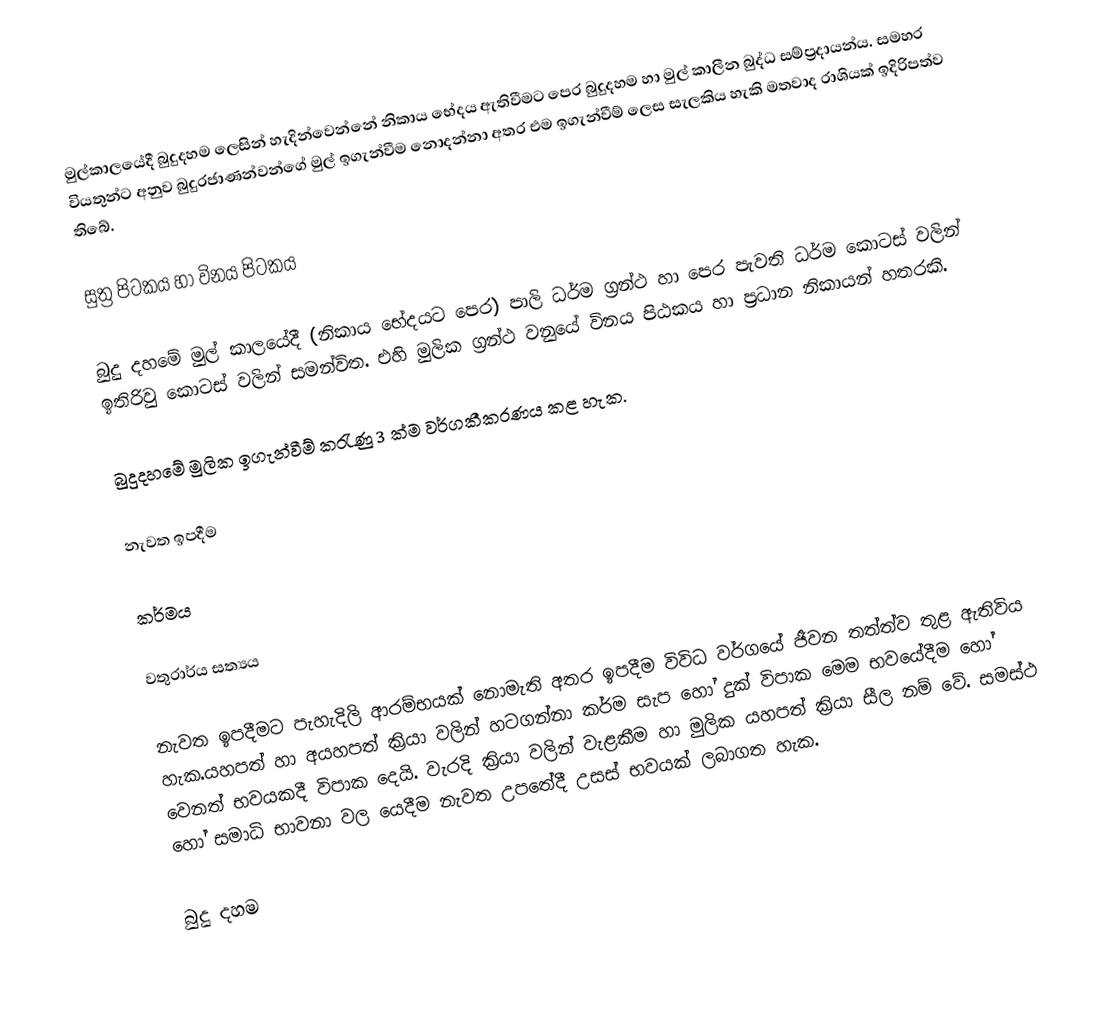
මුල්කාලයේදී බුදුදහම ලෙසින් හැදින්වෙන්නේ නිකාය භේදය ඇතිවීමට පෙර බුදුදහම හා මුල් කාලීන බුද්ධ සම්ප්‍රදායන්ය. සමහර වියතුන්ට අනුව බුදුරජාණන්වන්ගේ මුල් ඉගැන්වීම නොදන්නා අතර එම ඉගැන්වීම් ලෙස සැලකිය හැකි මතවාද රාශියක් ඉදිරිපත්ව තිබේ.

සුත්‍ර පිටකය හා විනය පිටකය

බුදු දහමේ මුල් කාලයේදී (නිකාය භේදයට පෙර) පාලි ධර්ම ග්‍රන්ථ හා පෙර පැවති ධර්ම කොටස් වලින් ඉතිරිවු කොටස් වලින් සමන්විත. එහි මුලික ග්‍රන්ථ වනුයේ විනය පිඨකය හා ප්‍රධාන නිකායන් හතරකි.

බුදුදහමේ මුලික ඉගැන්වීම් කරැණු 3 ක්ම වර්ගකීකරණය කළ හැක.

 නැවත ඉපදීම

 කර්මය

 වතුරාර්ය සත්‍යය

නැවත ඉපදීමට පැහැදිලි ආරම්භයක් ‍නොමැති අතර ඉපදීම විවිධ වර්ගයේ ජීවන තත්ත්ව තුළ ඇතිවිය හැක.යහපත් හා අයහපත් ක්‍රියා වලින් හටගන්නා කර්ම සැප හෝ දුක් විපාක මෙම භවයේදීම හෝ වෙනත් භවයකදී විපාක දෙයි. වැරදි ක්‍රියා වලින් වැළකීම හා මුලික යහපත් ක්‍රියා සීල නම් වේ. සමස්ථ හෝ සමාධි භාවනා වල යෙදීම නැවත උපතේදී උසස් භවයක් ලබාගත හැක.

බුදු දහම